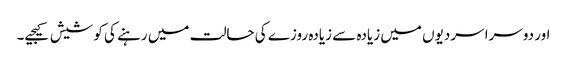
اور دوسرا سردیوں میں زیادہ سے زیادہ روزے کی حالت میں رہنے کی کوشیش کیجیے۔